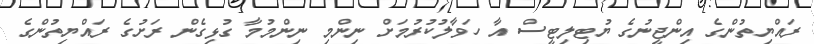
ރައްޔިތުންގެ އިންޖީނުގެ ޔުޓިލިޓީސް އާ ހަވާލުކުރުމަށް ނިންމި ނިންމުމާ ގުޅިގެން ރަށުގެ ރައްޔިތުންގެ